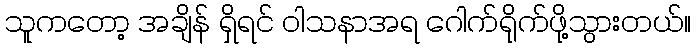
သူကတော့ အချိန် ရှိရင် ဝါသနာအရ ဂေါက်ရိုက်ဖို့သွားတယ်။